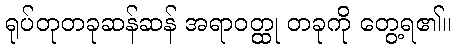
ရုပ်တုတခုဆန်ဆန် အရာဝတ္ထု တခုကို တွေ့ရ၏။